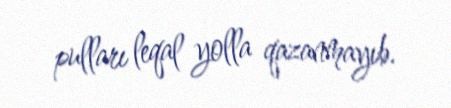
pulları leqal yolla qazanmayıb.